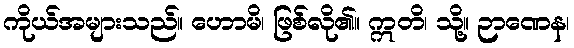
ကိုယ်အများသည်။ ဟောမိ၊ ဖြစ်လို၏။ ဣတိ၊ သို့။ ဉာဏေန၊